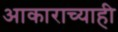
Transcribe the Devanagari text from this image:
आकाराच्याही